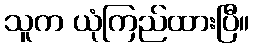
သူက ယုံကြည်ထားပြီ။